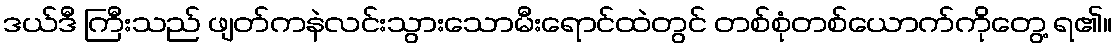
ဒယ်ဒီ ကြီးသည် ဖျတ်ကနဲလင်းသွားသောမီးရောင်ထဲတွင် တစ်စုံတစ်ယောက်ကိုတွေ့ ရ၏။